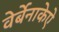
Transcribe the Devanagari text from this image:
वेर्बेनाकेऐ